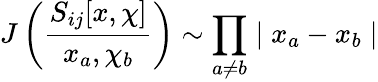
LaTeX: J\left(\frac{S_{ij}[x,\chi]}{x_{a},\chi_{b}}\right)\sim\prod_{a\neq b}\mid x_{a}-x_{b}\mid